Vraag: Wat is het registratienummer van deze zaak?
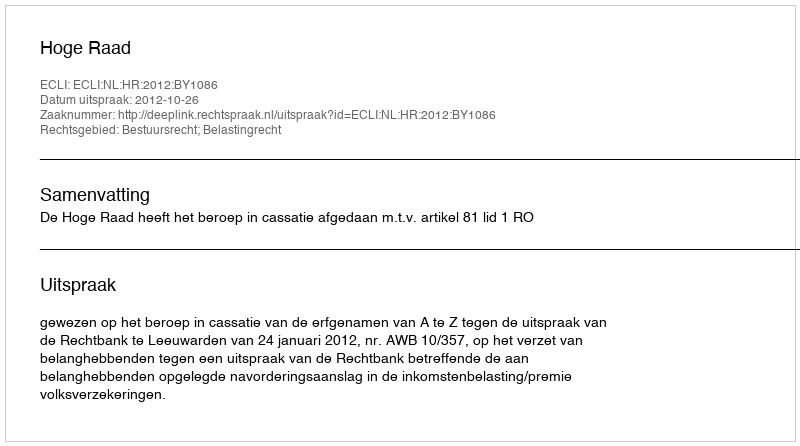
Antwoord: http://deeplink.rechtspraak.nl/uitspraak?id=ECLI:NL:HR:2012:BY1086